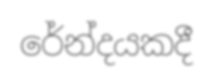
රේන්දයකදී